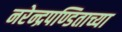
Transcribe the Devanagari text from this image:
नरेन्द्रपण्डिताच्या